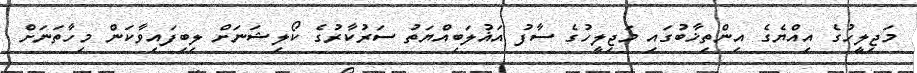
މަޖިލީހުގެ އިއްޔެގެ އިންތިޚާބުގައި މަޖިލީހުގެ ސާފު އަޣުލަބިއްޔަތު ސަރުކާރުގެ ކޯލިޝަނަށް ލިބިފައިވާކަން މިހާތަނަށް